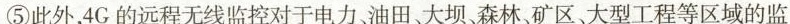
⑤此外，4G的远程无线监控对于电力油田大坝、森林、矿区、大型工程等区域的监